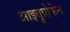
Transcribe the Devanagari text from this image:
आइबुप्रोफेन